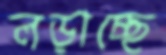
লড়াচ্ছে